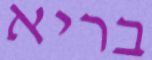
בריא